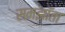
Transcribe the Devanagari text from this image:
समझॉता